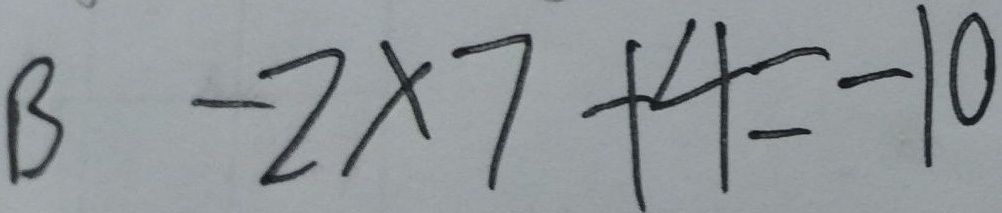
B - 2 \times 7 + 4 = - 1 0